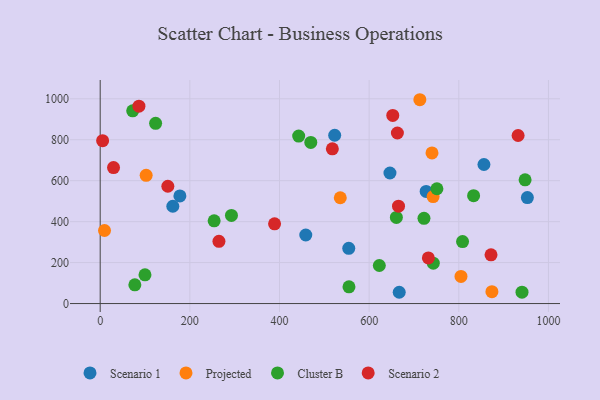
{"axis": {"x": "Investment", "y": "Fuel Efficiency"}, "legend": ["Cluster B", "Projected", "Scenario 1", "Scenario 2"], "data": [{"x": "554.5", "y": 269.5, "type": "Scenario 1"}, {"x": "177.8", "y": 525.8, "type": "Scenario 1"}, {"x": "856.1", "y": 679.0, "type": "Scenario 1"}, {"x": "646.4", "y": 637.6, "type": "Scenario 1"}, {"x": "523.1", "y": 821.8, "type": "Scenario 1"}, {"x": "667.1", "y": 55.1, "type": "Scenario 1"}, {"x": "458.6", "y": 334.9, "type": "Scenario 1"}, {"x": "953.0", "y": 517.7, "type": "Scenario 1"}, {"x": "162.0", "y": 475.3, "type": "Scenario 1"}, {"x": "727.2", "y": 547.4, "type": "Scenario 1"}, {"x": "9.6", "y": 356.8, "type": "Projected"}, {"x": "742.7", "y": 522.4, "type": "Projected"}, {"x": "102.5", "y": 626.1, "type": "Projected"}, {"x": "713.1", "y": 995.4, "type": "Projected"}, {"x": "535.6", "y": 516.7, "type": "Projected"}, {"x": "873.9", "y": 57.8, "type": "Projected"}, {"x": "740.2", "y": 735.5, "type": "Projected"}, {"x": "804.9", "y": 132.5, "type": "Projected"}, {"x": "941.0", "y": 55.5, "type": "Cluster B"}, {"x": "947.9", "y": 604.3, "type": "Cluster B"}, {"x": "72.5", "y": 941.4, "type": "Cluster B"}, {"x": "833.0", "y": 526.9, "type": "Cluster B"}, {"x": "469.8", "y": 786.7, "type": "Cluster B"}, {"x": "660.7", "y": 420.4, "type": "Cluster B"}, {"x": "622.7", "y": 185.8, "type": "Cluster B"}, {"x": "99.9", "y": 140.1, "type": "Cluster B"}, {"x": "123.6", "y": 880.1, "type": "Cluster B"}, {"x": "555.0", "y": 81.8, "type": "Cluster B"}, {"x": "442.8", "y": 818.0, "type": "Cluster B"}, {"x": "722.3", "y": 416.2, "type": "Cluster B"}, {"x": "751.2", "y": 560.7, "type": "Cluster B"}, {"x": "743.1", "y": 197.4, "type": "Cluster B"}, {"x": "808.4", "y": 302.8, "type": "Cluster B"}, {"x": "254.2", "y": 404.1, "type": "Cluster B"}, {"x": "292.8", "y": 430.3, "type": "Cluster B"}, {"x": "77.3", "y": 91.5, "type": "Cluster B"}, {"x": "517.9", "y": 755.6, "type": "Scenario 2"}, {"x": "150.9", "y": 572.8, "type": "Scenario 2"}, {"x": "86.4", "y": 963.9, "type": "Scenario 2"}, {"x": "732.1", "y": 222.8, "type": "Scenario 2"}, {"x": "665.5", "y": 475.7, "type": "Scenario 2"}, {"x": "871.9", "y": 238.1, "type": "Scenario 2"}, {"x": "652.7", "y": 918.8, "type": "Scenario 2"}, {"x": "5.4", "y": 795.4, "type": "Scenario 2"}, {"x": "389.0", "y": 389.2, "type": "Scenario 2"}, {"x": "29.7", "y": 664.3, "type": "Scenario 2"}, {"x": "663.0", "y": 832.9, "type": "Scenario 2"}, {"x": "932.3", "y": 820.7, "type": "Scenario 2"}, {"x": "264.9", "y": 303.7, "type": "Scenario 2"}]}